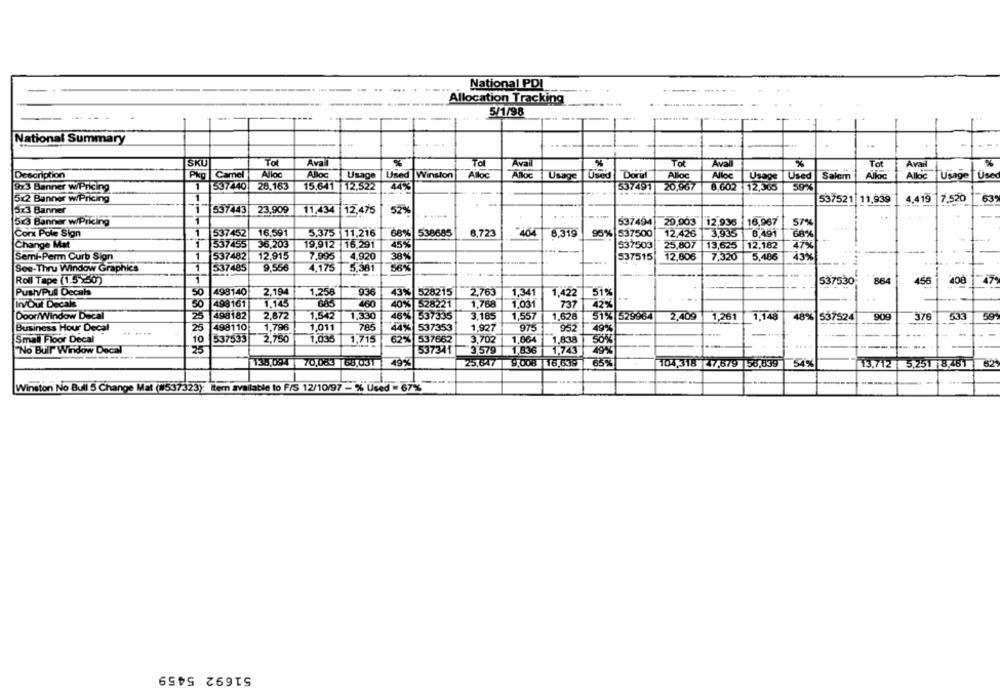
National PDI
Allocation Tracking
----- -
5/1/98
-
National Summary
-
SKU
Tot
Tol
Avail
%
TO
Aval
To
Avail
%
Aval
Description
Pkg Camel
Alloc
Alloc
Usage |Used Winston
Alloc
The
Usage |Used Doral
Alloc
Alloc
Usage
Used Salem
Allc
Alloc Usage
Used
923 Banner w/Pricing
1
537440
28,163
15.641 12,522
44%
537491 20,967
8,002 12,365
59%
512 Banner w/Pricing
1
537521 11,939
4,419 7,520
63
5x3 Banner
537443
23,909
11,434
12,475
52%
523 Banner w/Pricing
1
537494
20,003
12,936
16,967
57%
Corx Pole Sign
1
537452
16.591
5.375 11,216
68% 538685
6,723
-404
8.319
95% 537500
12.426
3.935
0,491
1
6.8%
Change Mat
537455
36,203
19,912 16.291
45%
537503
25,807
13,625
12,182
47%
1
537482
12.915
4,920
38%
537515
7,320
5.486
Semi-Perm Curb Sign
-
7,995
12,006
43%
Sos-Thru Window Graphics
537485
9,556
4,175
5,381
56%
-
140644
Roll Tape (1.5 X50)
1
537530
864
456
400
47ª
1,258
Push/Pull Decal
50
498140
2.194
936
43% 528215
2.763
1,341
1,422
51%
In/Out Decals
50
498161
1,145
683
460
40% 528221
1.768
1,031
737
42%
Door/Window Decal
25
498182
2.872
1,542
1,330
46% 537335
3.185
1,557
1,628
51% 529964
2,409
1,261
1,148
48% 537524
909
376
533
59
Business Hour Decat
.. ---
25
498110
1,796
1,011
785
44% 537353
1.927
975
952
49%
Small Floor Decal
10
537533
2,750
1,035
1.715
62% 537662
3,702
1,064
1.838
"No Bull" Window Decal
25
537341
3,579
1,836
1,743
49%
138,004 70,083 68,031
49%
25,647|
9,008 16,639
65%
104,318 47.579 58,839
54
13.712 5,251 8,451
62
Winston No Bull 5 Change Mat (#537323): Item available to F/5 12/10/97 - % Used = 67%
51692 5459